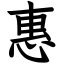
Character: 惠